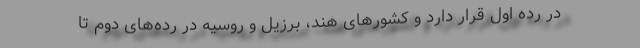
در رده اول قرار دارد و کشورهای هند، برزیل و روسیه در رده‌های دوم تا